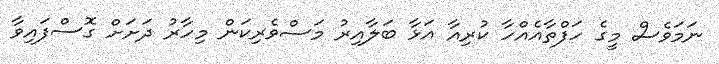
ނަމަވެސް މީގެ ހަފްތާއެއްހާ ކުރިއާ އަޅާ ބަލާއިރު މަސްވެރިކަން މިހާރު ދަށަށް ގޮސްފައިވާ